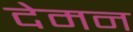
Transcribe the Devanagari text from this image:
देमन